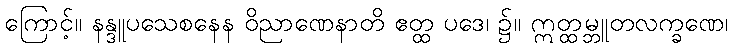
ကြောင့်။ နန္ဒူပသေစနေန ဝိညာဏေနာတိ ဧတ္ထ ပဒေ၊ ၌။ ဣတ္ထမ္ဘူတလက္ခဏေ၊